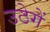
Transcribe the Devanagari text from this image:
उठेगें